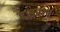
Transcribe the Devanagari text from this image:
दसरा॥